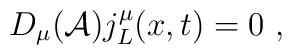
D_\mu({\cal A})j^{\mu}_L(x,t)=0\ ,